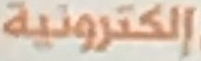
إلكترونية